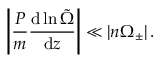
\left| \frac { P } { m } \frac { \mathrm { d } \ln \tilde { \Omega } } { \mathrm { d } z } \right| \ll \left| n \Omega _ { \pm } \right| .